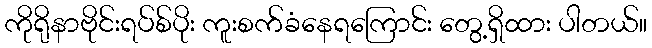
ကိုရိုနာဗိုင်းရပ်စ်ပိုး ကူးစက်ခံနေရကြောင်း တွေ့ရှိထား ပါတယ်။